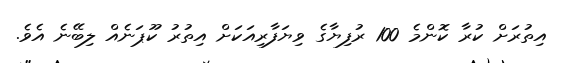
އިތުރަށް ކުރާ ކޮންމެ 100 ރުފިޔާގެ ވިޔަފާރިއަކަށް އިތުރު ކޫޕަނެއް ލިބޭނެ އެވެ.